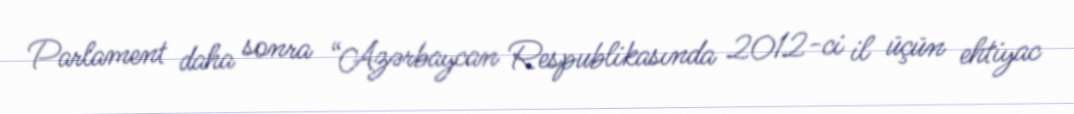
Parlament daha sonra “Azərbaycan Respublikasında 2012-ci il üçün ehtiyac